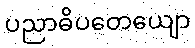
ပညာဓိပတေယျော